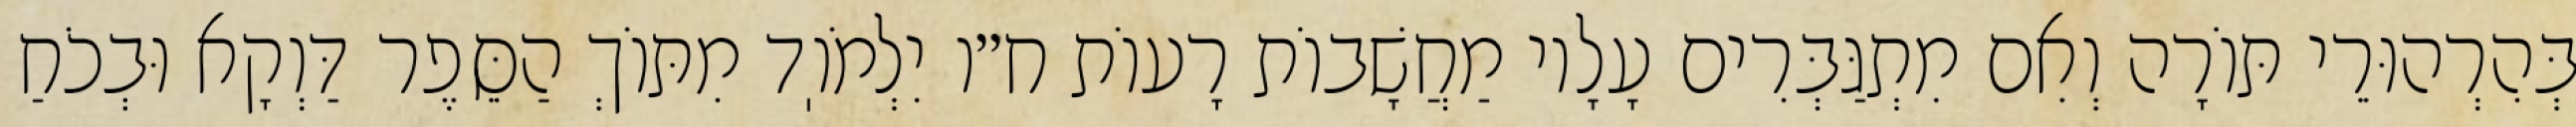
בְּהִרְהוּרֵי תּוֹרָה וְאִם מִתְגַּבְּרִים עָלָיו מַחֲשָׁבוֹת רָעוֹת ח״ו יִלְמֹוֽד מִתּוֹךְ הַסֵּפֶר דַּוְקָא וּבְכֹחַ